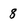
Character: 8